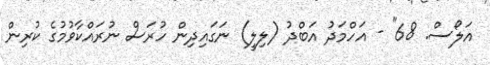
އަލޯސް. 68" - އަހްމަދު އަބްދު (ލިލީ) ނަގައިދިން ހުރަސް ނުރައްކާވުމުގެ ކުރިން